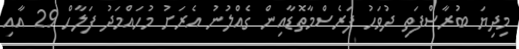
މިދިޔަ ބުރާސްފަތި ދުވަހު ފަރެސްމާތޮޑާއިން ގެއްލުނު އެރަށު މުހައްމަދު ފަލާހް 29 އާއި